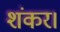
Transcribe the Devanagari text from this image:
शंकर।